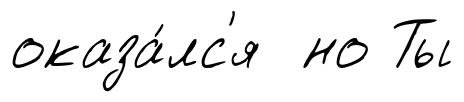
оказа́лс'я но Ты